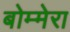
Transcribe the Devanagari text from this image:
बोम्मेरा